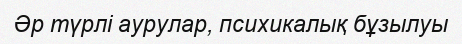
Әр түрлі аурулар, психикалық бұзылуы